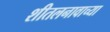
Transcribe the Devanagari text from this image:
शीतलनावाच्या